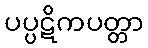
ပပ္ပဋိကပတ္တာ